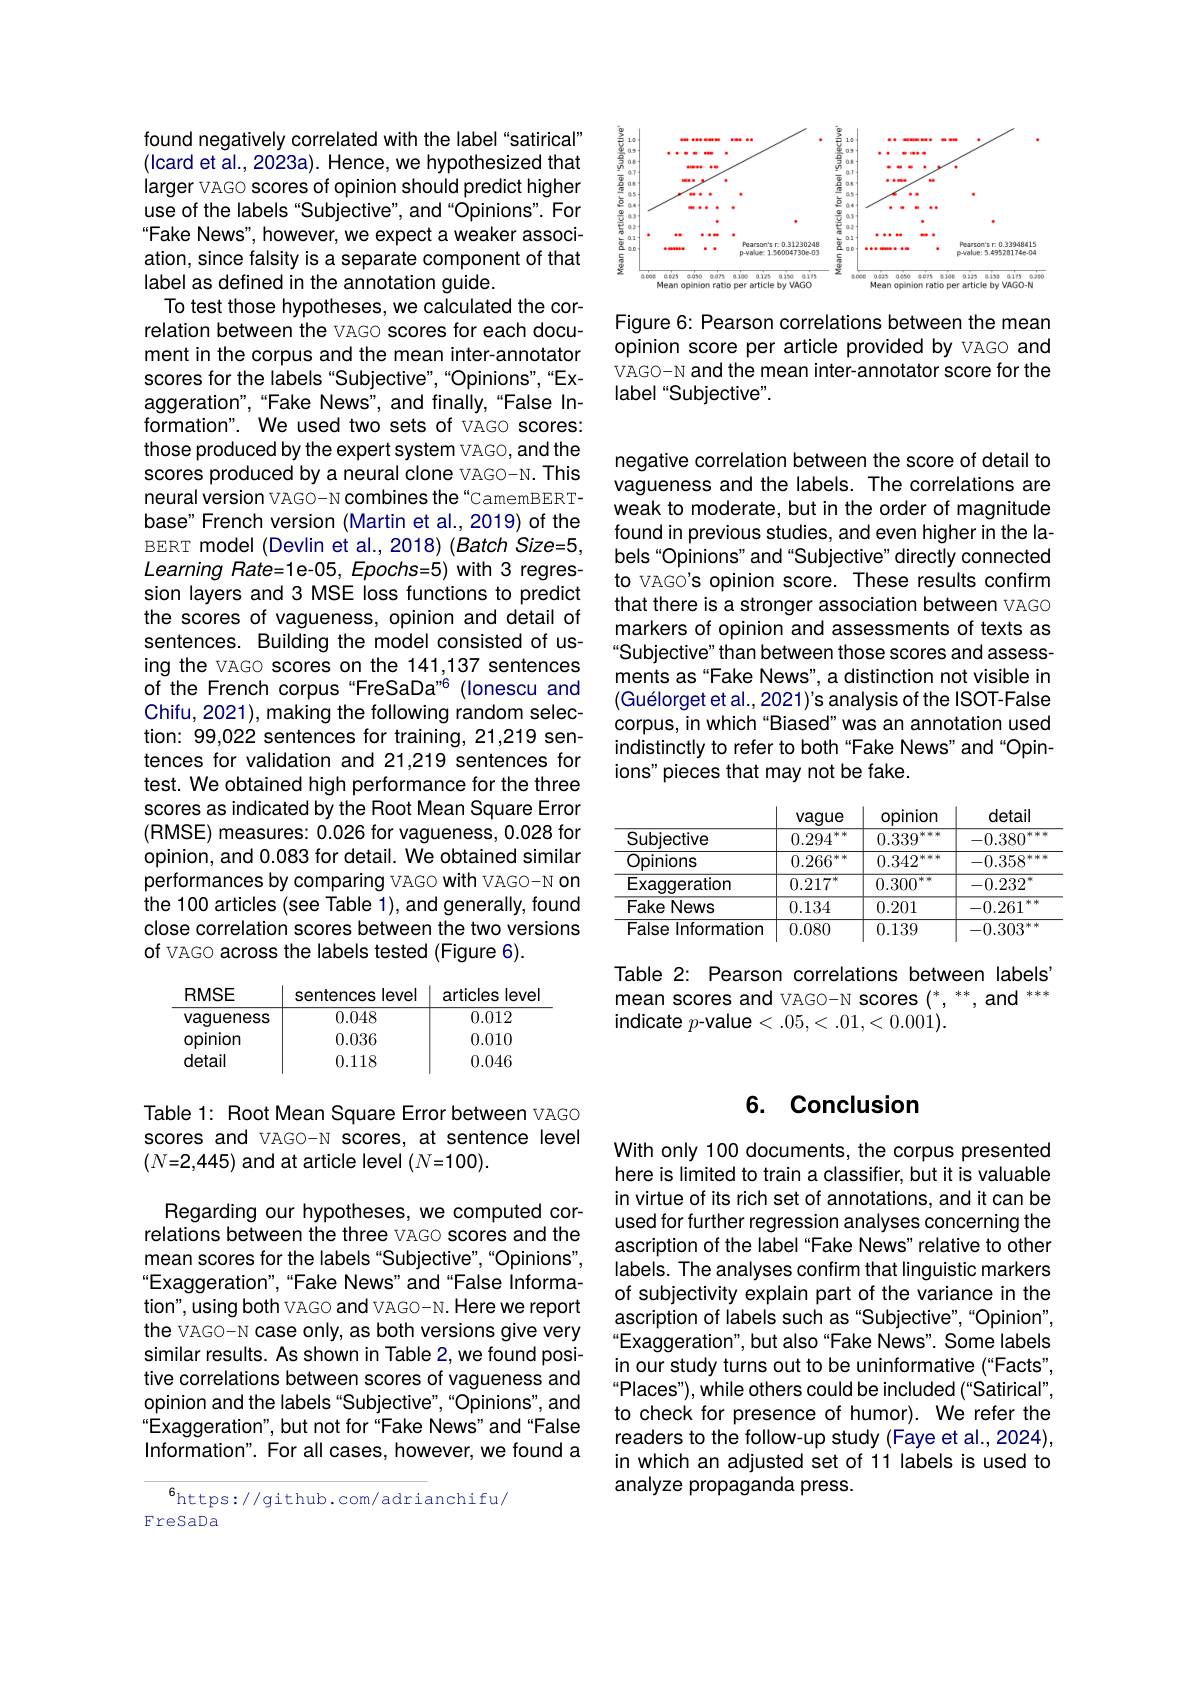
found negatively correlated with the label "satirical" (Icard et al., 2023a). Hence, we hypothesized that larger VAGO scores of opinion should predict higher use of the labels "Subjective", and“Opinions". For Fake News", however, we expect a weaker association, since falsity is a separate component of that label as defined in the annotation guide.
To test those hypotheses, we calculated the correlation between the VAGO scores for each document in the corpus and the mean inter-annotator scores for the labels "Subjective",“Opinions",“Exaggeration",“Fake News”, and finally,“False Information". We used two sets of VAGO scores: those produced by the expert system vAGO, and the scores produced by a neural clone vAGO-N. This neural version VAGO-N combines the“CamemBERTbase" French version (Martin et al., 2019) of the BERT model (Devlin et al., 2018) (Batch Size=5, Learning Rate=1e-05, Epochs=5) with 3 regression layers and 3 MSE loss functions to predict the scores of vagueness, opinion and detail of sentences. Building the model consisted of using the VAGO scores on the 141,137 sentences of the French corpus“FreSaDa”6 (lonescu and Chifu, 2021), making the following random selection: 99,022 sentences for training, 21,219 sentences for validation and 21,219 sentences for test. We obtained high performance for the three scores as indicated by the Root Mean Square Error (RMSE) measures: 0.026 for vagueness, 0.028 for opinion, and 0.083 for detail. We obtained similar performances by comparing VAGO with VAGO-N on the 100 articles (see Table 1), and generally, found close correlation scores between the two versions of VAGO across the labels tested (Figure 6).

<table>
	<tbody>
		<tr>
			<th>RMSE</th>
			<th>sentences s level</th>
			<th>leve articles</th>
		</tr>
		<tr>
			<td>vagueness</td>
			<td>0.048</td>
			<td>0.012</td>
		</tr>
		<tr>
			<td>opinion</td>
			<td>0.036</td>
			<td>0.010</td>
		</tr>
		<tr>
			<td>detail</td>
			<td>0.118</td>
			<td>0.046</td>
		</tr>
	</tbody>
</table>

Table 1: Root Mean Square Error between VAGO scores and VAGO-N scores, at sentence level $(N{=}2,445)$ and at article level $(N{=}100).$

Regarding our hypotheses, we computed correlations between the three VAGO scores and the mean scores for the labels "Subjective",“Opinions", “Exaggeration",“Fake News" and“False Information", using both VAGO and VAGO-N. Here we report the VAGO-N case only, as both versions give very similar results. As shown in Table 2, we found positive correlations between scores of vagueness and opinion and the labels "Subjective",“Opinions", and Exaggeration", but not for“Fake News" and“False Information". For all cases, however, we found a

$^{6}$https://github.com/adrianchifu/
FreSaDa

<FigureHere>

Figure 6: Pearson correlations between the mean opinion score per article provided by VAGO and VAGO-N and the mean inter-annotator score for the label “Subjective".

negative correlation between the score of detail to vagueness and the labels. The correlations are weak to moderate, but in the order of magnitude found in previous studies, and even higher in the labels "Opinions" and "Subjective" directly connected to VAGO's opinion score. These results confirm that there is a stronger association between VAGO markers of opinion and assessments of texts as Subjective" than between those scores and assessments as“Fake News”, a distinction not visible in (Guélorget et al., 2021)'s analysis of the ISOT-False corpus, in which“Biased”was an annotation used indistinctly to refer to both“Fake News" and“Opinions" pieces that may not be fake.

<table>
	<tbody>
		<tr>
			<th> </th>
			<th>vague</th>
			<th>opinion</th>
			<th>detail</th>
		</tr>
		<tr>
			<td>Subiective</td>
			<td>0.294 K</td>
			<td>0.339 本中</td>
			<td>-0.380</td>
		</tr>
		<tr>
			<td>Opinions</td>
			<td>0.266 STT</td>
			<td>0.342 kmm</td>
			<td>-0.358 R</td>
		</tr>
		<tr>
			<td>Exaggeration</td>
			<td>$0.217^{*}$</td>
			<td>0.300 冰车</td>
			<td>-0.232</td>
		</tr>
		<tr>
			<td>Fake News</td>
			<td>0.134</td>
			<td>0.201</td>
			<td>-0.261</td>
		</tr>
		<tr>
			<td>False Information</td>
			<td>0.080</td>
			<td>0.139</td>
			<td>-0.303</td>
		</tr>
	</tbody>
</table>

Table 2: Pearson correlations between labels mean scores and VAGO-N scores ${\binom*,{^**}}$ and $^{***}$ indicate $p$-value<.05,<.01,<0.001).

### 6. Conclusion

With only 100 documents, the corpus presented here is limited to train a classifier, but it is valuable in virtue of its rich set of annotations, and it can be used for further regression analyses concerning the ascription of the label "Fake News" relative to other labels. The analyses confirm that linguistic markers of subjectivity explain part of the variance in the ascription of labels such as "Subjective",“Opinion", Exaggeration", but also "Fake News". Some labels in our study turns out to be uninformative (“Facts", “Places”), while others could be included ("Satirical", to check for presence of humor). We refer the readers to the follow-up study (Faye et al., 2024), in which an adjusted set of 11 labels is used to analyze propaganda press.